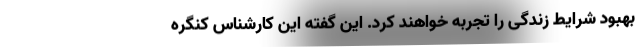
بهبود شرایط زندگی را تجربه خواهند کرد. این گفته این کارشناس کنگره